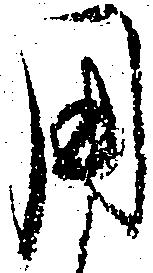
用